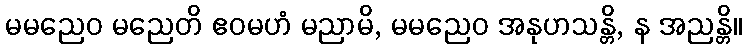
မမညေဝ မညေတိ ဧဝမဟံ မညာမိ, မမညေဝ အနုဟသန္တိ, န အညန္တိ။